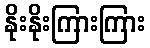
နိုးနိုးကြားကြား